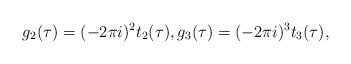
LaTeX: \begin{align*}g_2(\tau) = (-2\pi i)^2 t_2(\tau), g_3(\tau)=(-2\pi i)^3t_3(\tau),\end{align*}